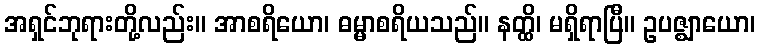
အရှင်ဘုရားတို့လည်း။ အာစရိယော၊ ဓမ္မာစရိယသည်။ နတ္ထိ၊ မရှိရာပြီ။ ဥပဇ္ဈာယော၊